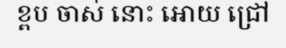
ខ្ពប ចាស់ នោះ អោយ ជ្រៅ